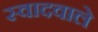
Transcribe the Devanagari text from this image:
स्वादवाले